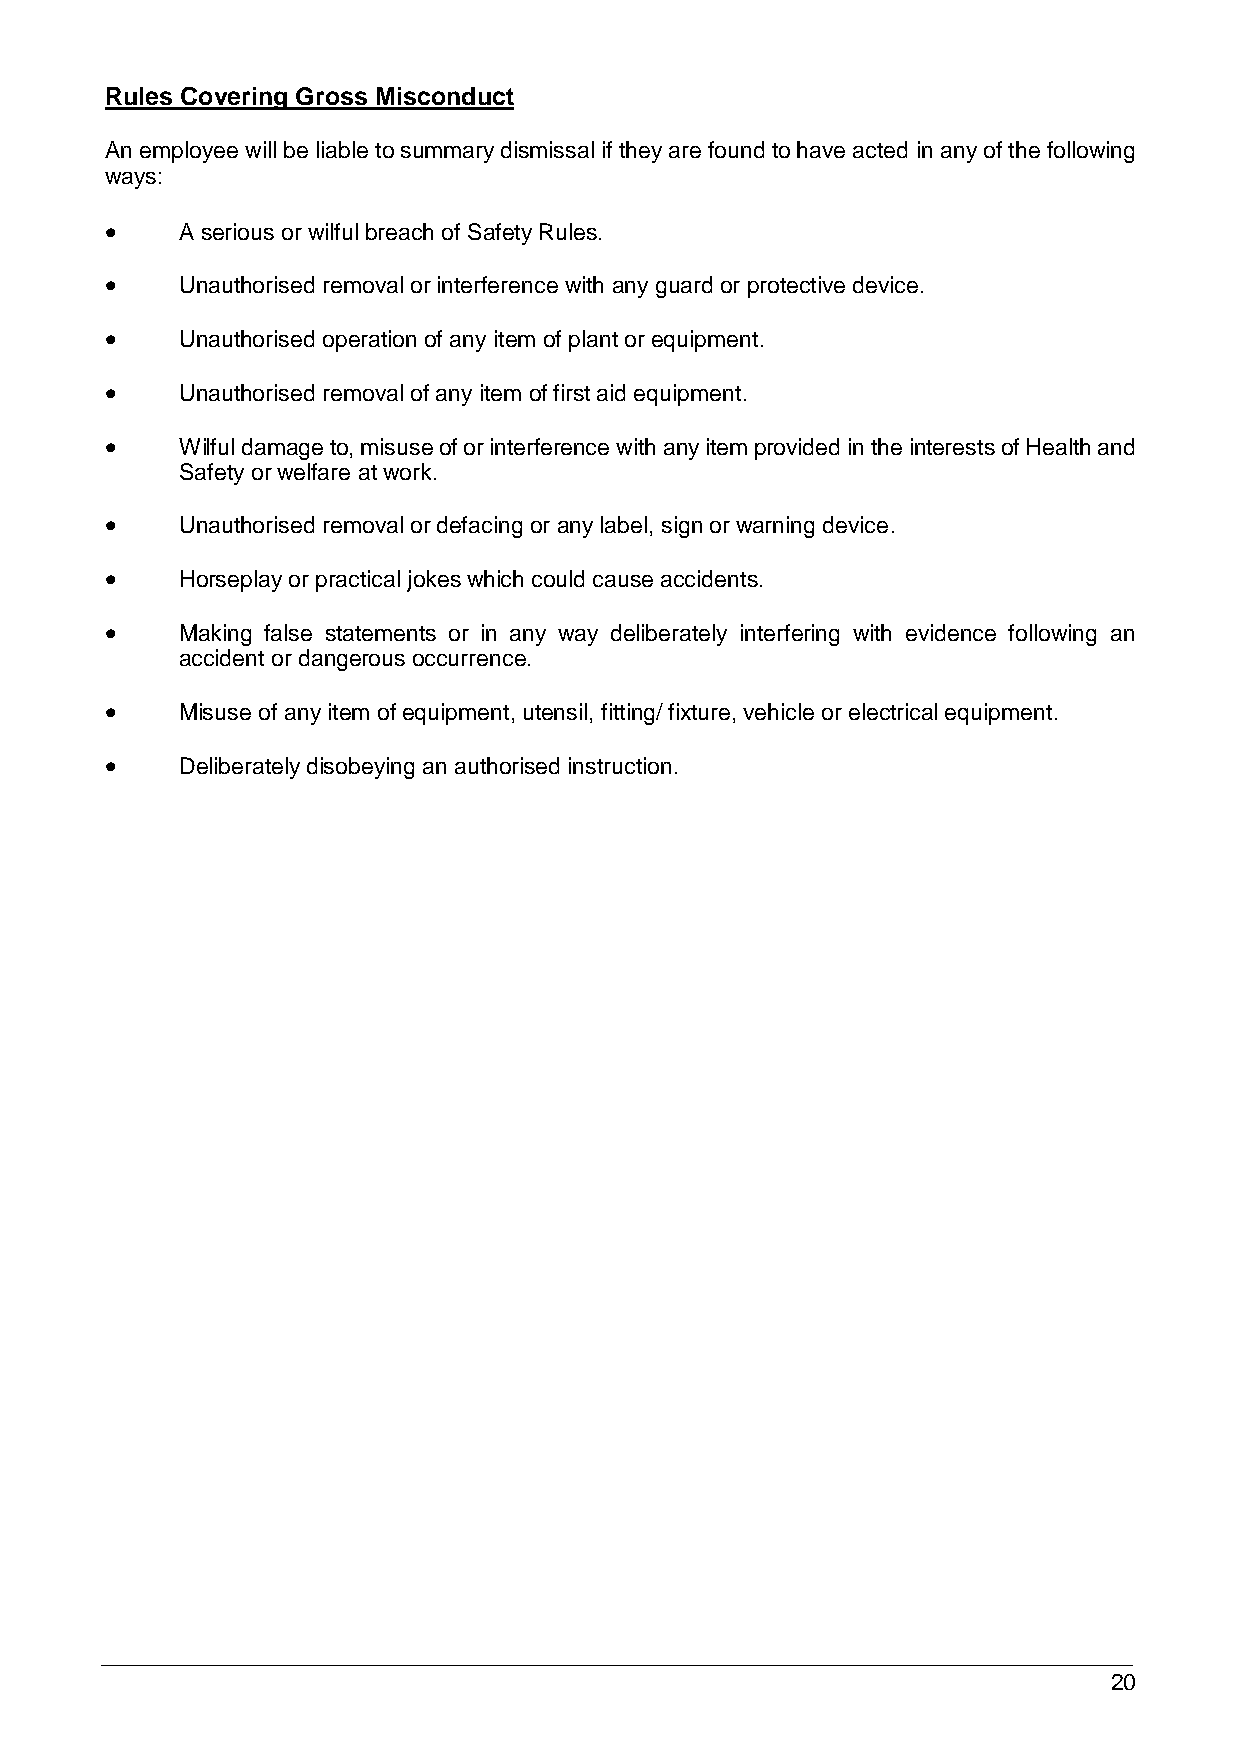
Rules Covering Gross Misconduct
 An employee will be liable to summary dismissal if they are found to have acted in any of the following
 ways:
     A serious or wilful breach of Safety Rules.
     Unauthorised removal or interference with any guard or protective device.
     Unauthorised operation of any item of plant or equipment.
     Unauthorised removal of any item of first aid equipment.
     Wilful damage to, misuse of or interference with any item provided in the interests of Health and
 Safety or welfare at work.
     Unauthorised removal or defacing or any label, sign or warning device.
     Horseplay or practical jokes which could cause accidents.
     Making false statements or in any way deliberately interfering with evidence following an
 accident or dangerous occurrence.
     Misuse of any item of equipment, utensil, fitting/ fixture, vehicle or electrical equipment.
     Deliberately disobeying an authorised instruction.
 20